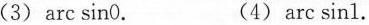
(3)$$\arcsin 0$$ (4)$$arcsinl$$.